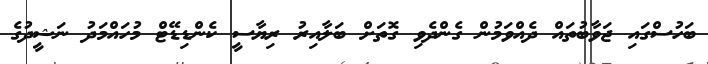
ބަހުސްގައި ޖަވާބުތައް ދެއްވަމުން ގެންދެވި ގޮތަށް ބަލާއިރު ރިޔާސީ ކެންޑިޑޭޓް މުހައްމަދު ނަޝީދުގެ